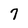
Character: 7